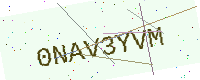
Text: 0NAV3YVM